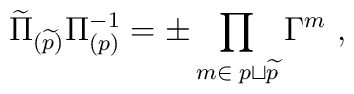
\widetilde \Pi_{(\widetilde p)}\Pi_{(p)}^{-1} =\pm  \prod_{m\in\; p\sqcup   {\widetilde p}} \Gamma^m\ ,